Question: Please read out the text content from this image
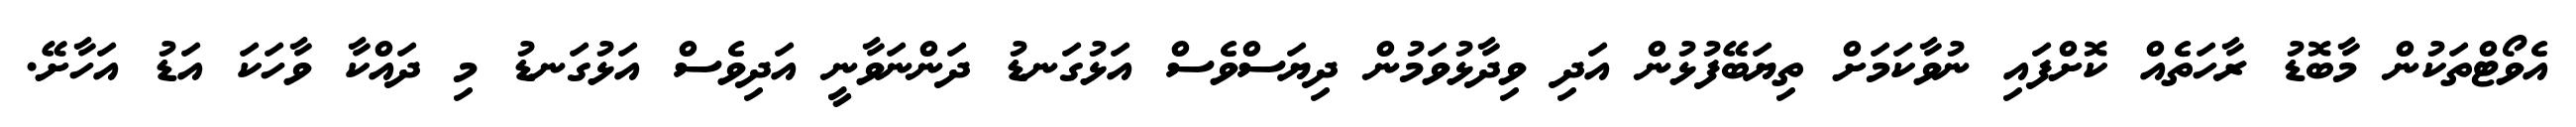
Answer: އެވޯޓްތަކުން މާބޮޑު ރާހަތެއް ކޮށްފައި ނުވާކަމަށް ތިޔަބޭފުޅުން އަދި ވިދާޅުވަމުން ދިޔަސްވެސް އަޅުގަނޑު ދަންނަވާނީ އަދިވެސް އަޅުގަނޑު މި ދައްކާ ވާހަކަ އަޑު އަހާށޭ.